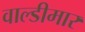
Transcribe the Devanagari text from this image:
वाल्डीमार